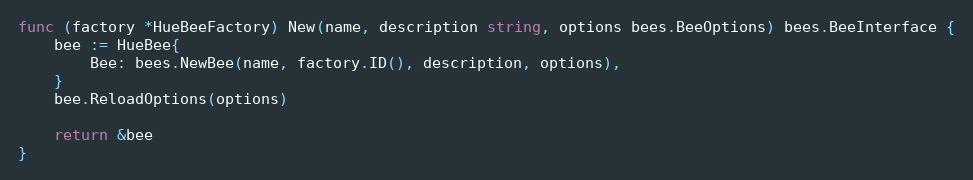
Language: Go
func (factory *HueBeeFactory) New(name, description string, options bees.BeeOptions) bees.BeeInterface {
	bee := HueBee{
		Bee: bees.NewBee(name, factory.ID(), description, options),
	}
	bee.ReloadOptions(options)

	return &bee
}